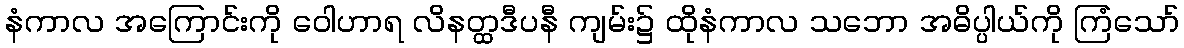
နံကာလ အကြောင်းကို ဝေါဟာရ လိနတ္ထဒီပနီ ကျမ်း၌ ထိုနံကာလ သဘော အဓိပ္ပါယ်ကို ကြံသော်